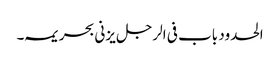
الحدود باب فی الرجل یزنی بحریمہ ۔